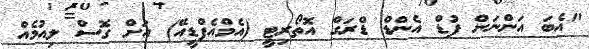
"އެބަ އަންނަން ފުޑް އެންޑް ޑްރަގް އޮތޯރިޓީ (އެމްއެފްޑީއޭ) އަށް ގޮސް ލިއުމެއް